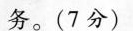
务。(7分)